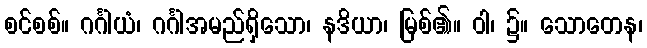
စင်စစ်။ ဂင်္ဂါယံ၊ ဂင်္ဂါအမည်ရှိသော၊ နဒိယာ၊ မြစ်၏။ ဝါ၊ ၌။ သောတေန၊